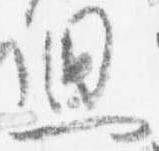
廻